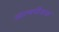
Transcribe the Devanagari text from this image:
आत्मपीडक